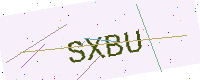
Text: SXBU